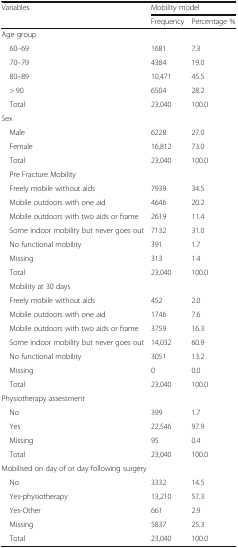
<table><thead><tr><td rowspan="2"><b>Variables</b></td><td colspan="2"><b>Mobility model</b></td></tr><tr><td><b>Frequency</b></td><td><b>Percentage %</b></td></tr></thead><tbody><tr><td colspan="3">Age group</td></tr><tr><td> 60–69</td><td>1681</td><td>7.3</td></tr><tr><td> 70–79</td><td>4384</td><td>19.0</td></tr><tr><td> 80–89</td><td>10,471</td><td>45.5</td></tr><tr><td> &gt; 90</td><td>6504</td><td>28.2</td></tr><tr><td> Total</td><td>23,040</td><td>100.0</td></tr><tr><td colspan="3">Sex</td></tr><tr><td> Male</td><td>6228</td><td>27.0</td></tr><tr><td> Female</td><td>16,812</td><td>73.0</td></tr><tr><td> Total</td><td>23,040</td><td>100.0</td></tr><tr><td colspan="3"> Pre Fracture Mobility</td></tr><tr><td> Freely mobile without aids</td><td>7939</td><td>34.5</td></tr><tr><td> Mobile outdoors with one aid</td><td>4646</td><td>20.2</td></tr><tr><td> Mobile outdoors with two aids or frame</td><td>2619</td><td>11.4</td></tr><tr><td> Some indoor mobility but never goes out</td><td>7132</td><td>31.0</td></tr><tr><td> No functional mobility</td><td>391</td><td>1.7</td></tr><tr><td> Missing</td><td>313</td><td>1.4</td></tr><tr><td> Total</td><td>23,040</td><td>100.0</td></tr><tr><td colspan="3"> Mobility at 30 days</td></tr><tr><td> Freely mobile without aids</td><td>452</td><td>2.0</td></tr><tr><td> Mobile outdoors with one aid</td><td>1746</td><td>7.6</td></tr><tr><td> Mobile outdoors with two aids or frame</td><td>3759</td><td>16.3</td></tr><tr><td> Some indoor mobility but never goes out</td><td>14,032</td><td>60.9</td></tr><tr><td> No functional mobility</td><td>3051</td><td>13.2</td></tr><tr><td> Missing</td><td>0</td><td>0.0</td></tr><tr><td> Total</td><td>23,040</td><td>100.0</td></tr><tr><td colspan="3">Physiotherapy assessment</td></tr><tr><td> No</td><td>399</td><td>1.7</td></tr><tr><td> Yes</td><td>22,546</td><td>97.9</td></tr><tr><td> Missing</td><td>95</td><td>0.4</td></tr><tr><td> Total</td><td>23,040</td><td>100.0</td></tr><tr><td colspan="3">Mobilised on day of or day following surgery</td></tr><tr><td> No</td><td>3332</td><td>14.5</td></tr><tr><td> Yes-physiotherapy</td><td>13,210</td><td>57.3</td></tr><tr><td> Yes-Other</td><td>661</td><td>2.9</td></tr><tr><td> Missing</td><td>5837</td><td>25.3</td></tr><tr><td> Total</td><td>23,040</td><td>100.0</td></tr></tbody></table>